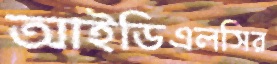
আইডিএলসির